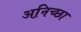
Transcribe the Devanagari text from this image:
अनि़च्छा